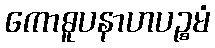
ကောဓူပနာဟပဉ္စမံ